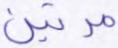
مرتين